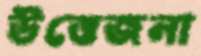
উত্তেজনা